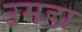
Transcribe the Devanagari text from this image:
उमडा